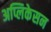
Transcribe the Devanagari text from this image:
अप्लिकेसन